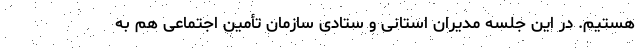
هستیم. در این جلسه مدیران استانی و ستادی سازمان تأمین اجتماعی هم به